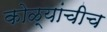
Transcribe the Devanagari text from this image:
कोळ्यांचीच